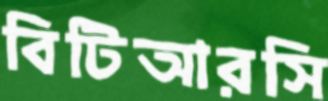
বিটিআরসি